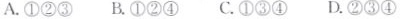
A.①②③ B.①②④ C.①③④ D.②③④